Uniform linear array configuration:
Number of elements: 24
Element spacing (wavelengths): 1
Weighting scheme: cosine
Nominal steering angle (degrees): -30
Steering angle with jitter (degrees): -29.545
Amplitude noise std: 0.05
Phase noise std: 0.05

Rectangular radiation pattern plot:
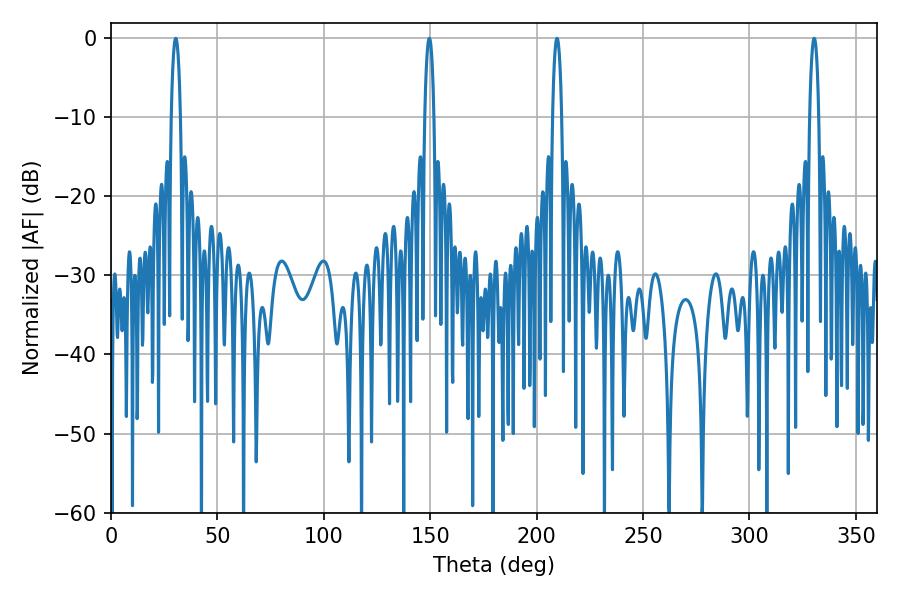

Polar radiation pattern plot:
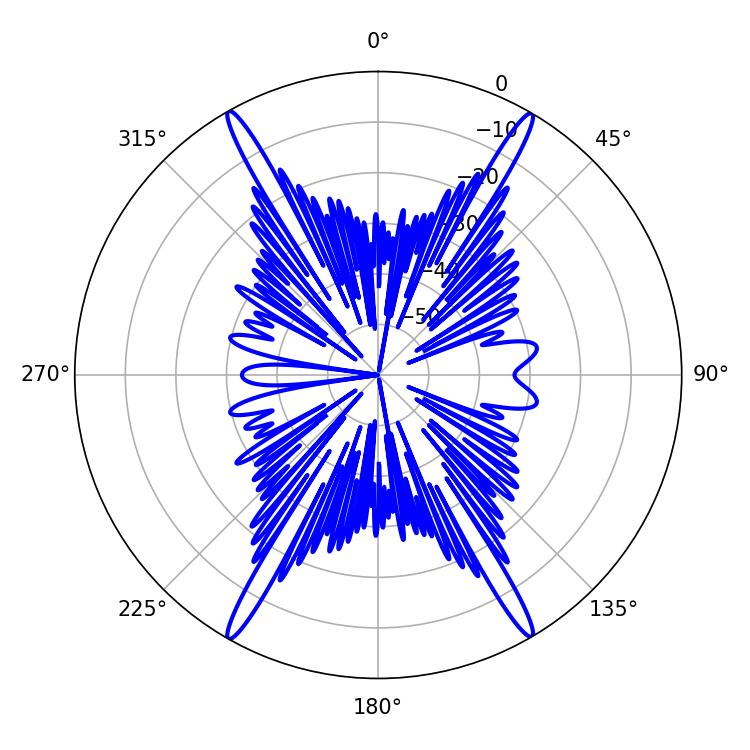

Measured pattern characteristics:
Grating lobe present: TRUE
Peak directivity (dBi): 29.992
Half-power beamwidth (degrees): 2.52
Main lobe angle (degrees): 30.42